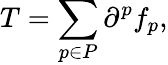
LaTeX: T=\sum_{p\in P}\partial^{p}f_{p},